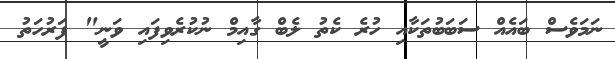
ނަމަވެސް ބައެއް ސަބަބުތަކާއި ހުރެ ކެތު ލެބް ގާއިމް ނުކުރެވިފައި ވަނީ" ފަރުހަތު